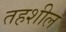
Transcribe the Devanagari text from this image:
तहशील